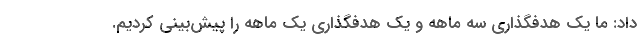
داد: ما یک هدفگذاری سه ماهه و یک هدفگذاری یک ماهه را پیش‌بینی کردیم.